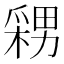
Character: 𭫫